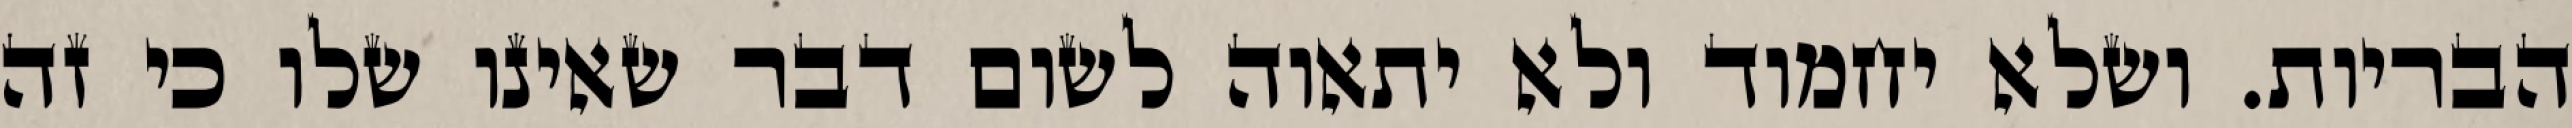
הבריות. ושלא יחמוד ולא יתאוה לשום דבר שאינו שלו כי זה